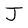
Character: J